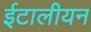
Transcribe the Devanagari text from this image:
ईटालीयन